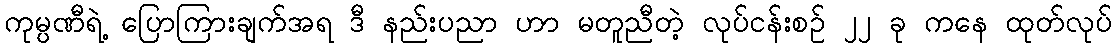
ကုမ္ပဏီရဲ့ ပြောကြားချက်အရ ဒီ နည်းပညာ ဟာ မတူညီတဲ့ လုပ်ငန်းစဉ် ၂၂ ခု ကနေ ထုတ်လုပ်